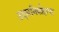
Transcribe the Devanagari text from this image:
उदारनिर्वाहाचा